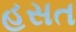
હસત